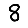
Digit: 8